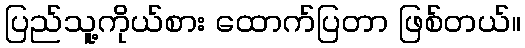
ပြည်သူ့ကိုယ်စား ထောက်ပြတာ ဖြစ်တယ်။